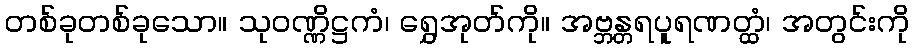
တစ်ခုတစ်ခုသော။ သုဝဏ္ဏိဋ္ဌကံ၊ ရွှေအုတ်ကို။ အဗ္ဘန္တရပူရဏတ္ထံ၊ အတွင်းကို